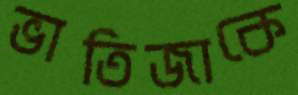
ভাতিজাকে